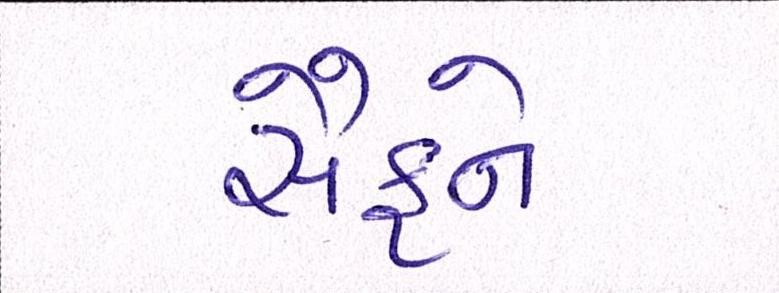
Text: સૈફને